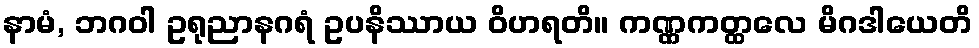
နာမံ, ဘဂဝါ ဥရုညာနဂရံ ဥပနိဿာယ ဝိဟရတိ။ ကဏ္ဏကတ္ထလေ မိဂဒါယေတိ